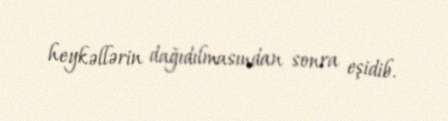
heykəllərin dağıdılmasından sonra eşidib.